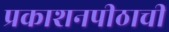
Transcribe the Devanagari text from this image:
प्रकाशनपीठाची